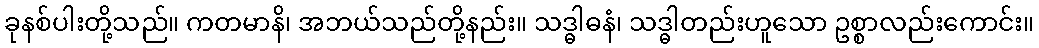
ခုနစ်ပါးတို့သည်။ ကတမာနိ၊ အဘယ်သည်တို့နည်း။ သဒ္ဓါဓနံ၊ သဒ္ဓါတည်းဟူသော ဥစ္စာလည်းကောင်း။